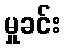
မှုခင်း